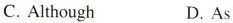
C. Although D. As